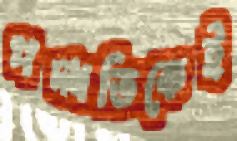
পদ্ধতিকেই